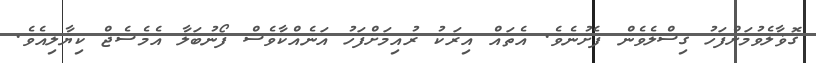
ގޮޥާލެވުމަށްފަހު ގިސްލެވެން ފެށުނެވެ. އެތައް އިރަކު ރުއިމަށްފަހު އަނެއްކާވެސް ފޯނުބަލާ އެމެސެޖް ކިޔާލިއެވެ.